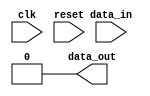
module conditional_statements_example (
    input clk,
    input reset,
    input data_in,
    output reg data_out
);

reg state;

initial begin
    state = 0;

    if (reset) begin
        state <= 0;
    end else begin
        case (state)
            0: begin
                if (clk) begin
                    state <= 1;
                end else begin
                    state <= 0;
                end
            end
            1: begin
                if (data_in) begin
                    state <= 2;
                end else begin
                    state <= 1;
                end
            end
            2: begin
                state <= 0;
            end
        endcase
    end

    // Output data based on state
    case (state)
        0: data_out = 0;
        1: data_out = 1;
        2: data_out = data_in;
    endcase
end

endmodule